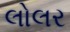
લોલર